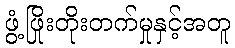
ဖွံ့ဖြိုးတိုးတက်မှုနှင့်အတူ